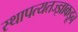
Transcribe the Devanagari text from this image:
स्थापत्यतज्‍ज्ञाकडून